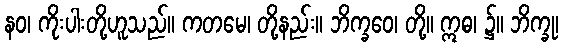
နဝ၊ ကိုးပါးတို့ဟူသည်။ ကတမေ၊ တို့နည်း။ ဘိက္ခဝေ၊ တို့။ ဣဓ၊ ၌။ ဘိက္ခု၊